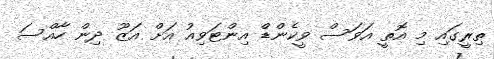
ތިރީގައި މި އޮތީ އަވަސް ވީކެންޑް އިންޓަވިއު އަށް އަޒޫ ދިން ހާއްސަ